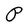
Character: P